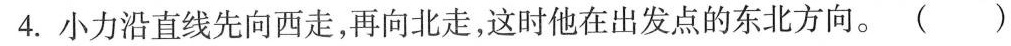
4.小力沿直线先向西走，再向北走，这时他在出发点的东北方向。()